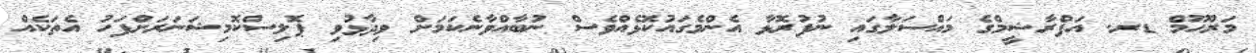
މަރްޙޫމް ޑރ. އަފްރާޝީމްގެ މައްސަލާގައި ނުފުރޮޅާ އެންމެގައުކޮޅެއްވެސް ނުބާއްވާނެކަމަށް ވިދާޅުވި ޕޮލިސްކޮމިޝަނަރަށްފަހު އެތަކެއް